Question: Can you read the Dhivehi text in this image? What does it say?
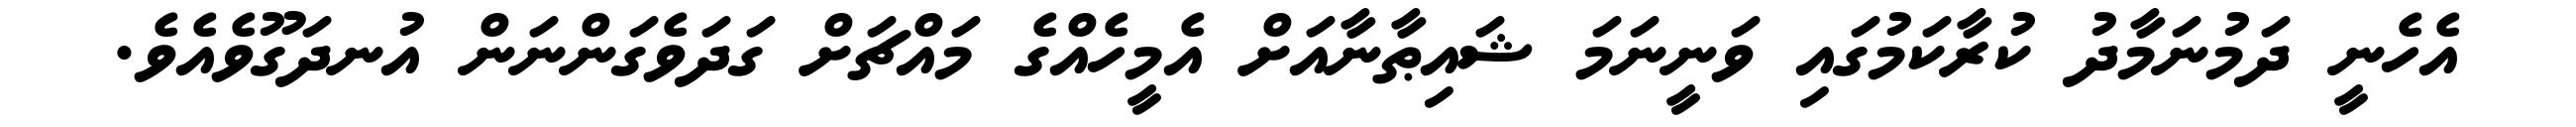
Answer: އެހެނީ ދަމުނަމާދު ކުރާކަމުގައި ވަނީނަމަ ޝައިޠާނާއަށް އެމީހެއްގެ މައްޗަށް ގަދަވެގަންނަން އުނދަގޫވެއެވެ.